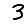
Digit: 3